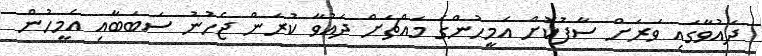
ދައުވާގައި ވަރަށް ސާފުކޮށް އެމީހުންގެ މައްޗަށް ދައުވާ ކުރަން ޖެހުނު ސަބަބާއި އެމީހުން